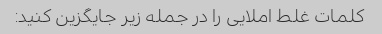
کلمات غلط املایی را در جمله زیر جایگزین کنید: